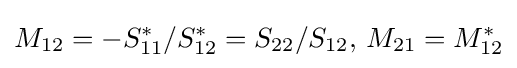
M_{12}=-S_{11}^{*}/S_{12}^{*}=S_{22}/S_{12}{,}\ M_{21}=M_{12}^{*}